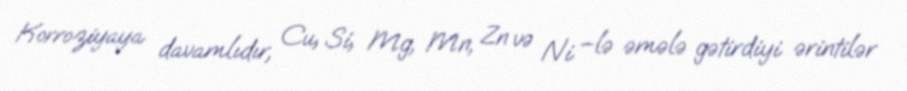
Korroziyaya davamlıdır, Cu, Si, Mg, Mn, Zn və Ni –lə əmələ gətirdiyi ərintilər